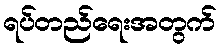
ရပ်တည်ရေးအတွက်